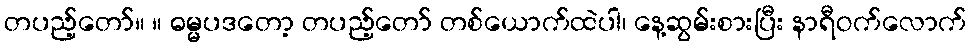
တပည့်တော်။ ။ ဓမ္မပဒတော့ တပည့်တော် တစ်ယောက်ထဲပါ၊ နေ့ဆွမ်းစားပြီး နာရီဝက်လောက်